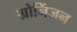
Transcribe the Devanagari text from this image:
ग्रोनिंजन